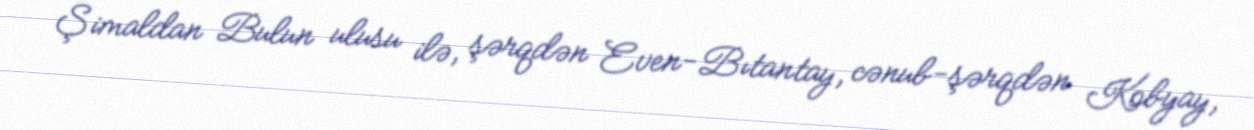
Şimaldan Bulun ulusu ilə, şərqdən Even-Bıtantay, cənub-şərqdən Kobyay,